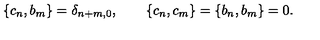
\left\{ c _ { n } , b _ { m } \right\} = \delta _ { n + m , 0 } , \qquad \left\{ c _ { n } , c _ { m } \right\} = \left\{ b _ { n } , b _ { m } \right\} = 0 .